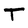
Character: T